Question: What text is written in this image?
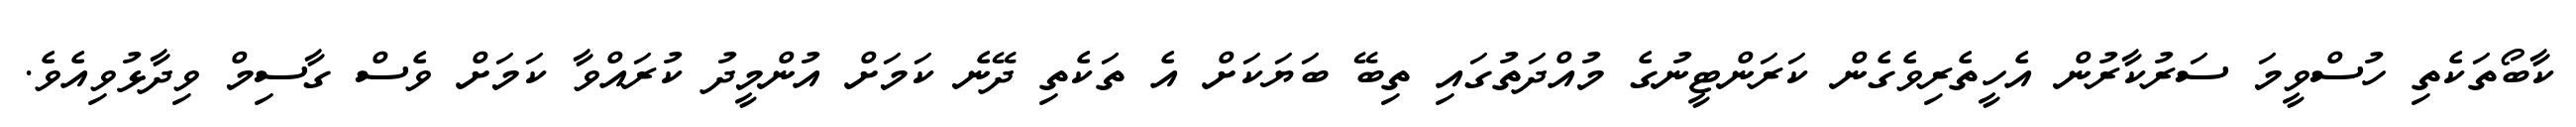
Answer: ކާބޯތަކެތި ހުސްވީމަ ސަރުކާރުން އެހީތެރިވެގެން ކަރަންޓީނުގެ މުއްދަތުގައި ތިބޭ ބަޔަކަށް އެ ތަކެތި ދޭނެ ކަމަށް އުންމީދު ކުރައްވާ ކަމަށް ވެސް ގާސިމް ވިދާޅުވިއެވެ.